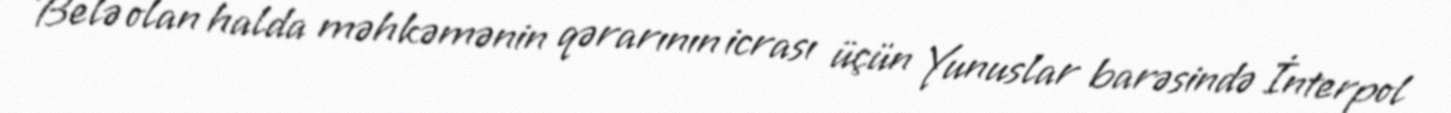
Belə olan halda məhkəmənin qərarının icrası üçün Yunuslar barəsində İnterpol